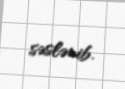
səslənib.